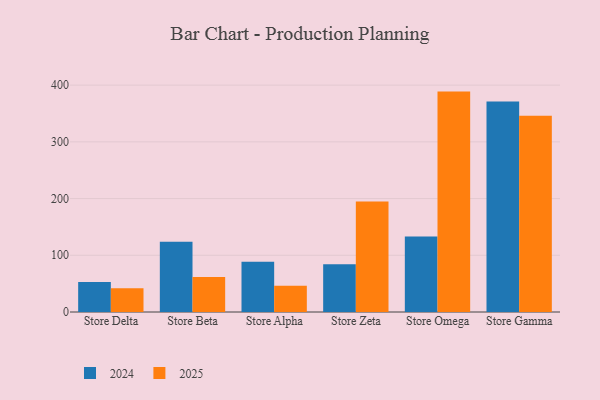
{"axis": {"x": "Store", "y": "Population (Million)"}, "legend": ["2024", "2025"], "data": [{"x": "Store Delta", "y": 41.8, "type": "2025"}, {"x": "Store Delta", "y": 52.8, "type": "2024"}, {"x": "Store Beta", "y": 61.6, "type": "2025"}, {"x": "Store Beta", "y": 123.9, "type": "2024"}, {"x": "Store Alpha", "y": 46.1, "type": "2025"}, {"x": "Store Alpha", "y": 88.7, "type": "2024"}, {"x": "Store Zeta", "y": 194.8, "type": "2025"}, {"x": "Store Zeta", "y": 84.3, "type": "2024"}, {"x": "Store Omega", "y": 388.6, "type": "2025"}, {"x": "Store Omega", "y": 133.2, "type": "2024"}, {"x": "Store Gamma", "y": 345.8, "type": "2025"}, {"x": "Store Gamma", "y": 371.1, "type": "2024"}]}